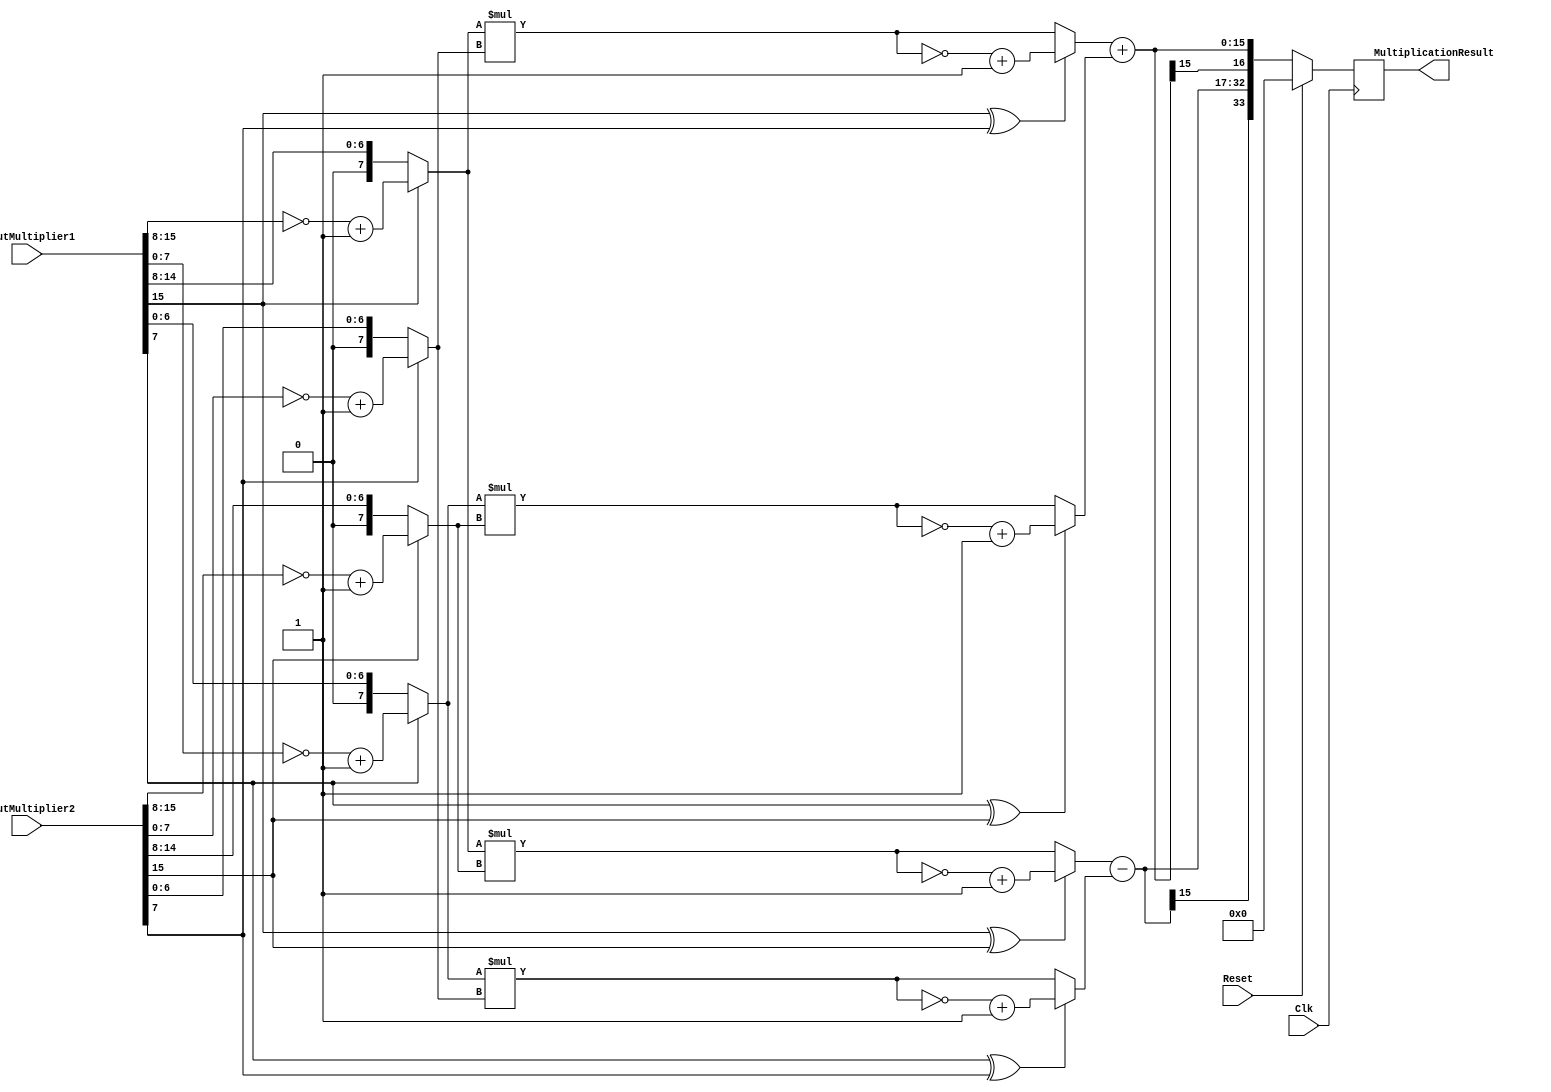
`timescale 1ns / 1ps
module ComplexMultiplier2(
    input Clk,
    input Reset,
    input [15:0] InputMultiplier1,
    input [15:0] InputMultiplier2,
    output reg [33:0] MultiplicationResult
    );
	wire [15:0] ac;
	wire [15:0] bd;
	wire [15:0] ad;
	wire [15:0] bc;
	wire [15:0] ac2;
	wire [15:0] bd2;
	wire [15:0] ad2;
	wire [15:0] bc2;
		
	wire [15:0] ImagPart;
	wire [15:0] RealPart;
	wire [7:0]a;
	wire [7:0]b;
	wire [7:0]c;
	wire [7:0]d;
	
	assign a = InputMultiplier1[15] ? ~InputMultiplier1[15:8] + 1 : InputMultiplier1[15:8];
	assign b = InputMultiplier1[7] ? ~InputMultiplier1[7:0] + 1 : InputMultiplier1[7:0];
	assign c = InputMultiplier2[15] ? ~InputMultiplier2[15:8] + 1 : InputMultiplier2[15:8];
	assign d = InputMultiplier2[7] ? ~InputMultiplier2[7:0] + 1 : InputMultiplier2[7:0];
	
	assign ac = a * c;
	assign bd = b * d;
	assign ad = a * d;
	assign bc = b * c;
	
	assign ac2 = InputMultiplier1[15] ^ InputMultiplier2[15] ? ~ac + 1 : ac;
	assign bd2 = InputMultiplier1[7] ^ InputMultiplier2[7] ? ~bd + 1 : bd;
	assign ad2 = InputMultiplier1[15] ^ InputMultiplier2[7] ? ~ad + 1 : ad;
	assign bc2 = InputMultiplier1[7] ^ InputMultiplier2[15] ? ~bc + 1 : bc;
	
	assign ImagPart = ad2 + bc2;
	assign RealPart = ac2 - bd2;
	always @(posedge Clk)
	begin
		if(Reset)
		begin
			MultiplicationResult <= 34'b0;
		end
		else
		begin
			MultiplicationResult <= {RealPart[15],RealPart,ImagPart[15],ImagPart};
		end
	end
endmodule